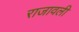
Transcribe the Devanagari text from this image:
राजावली